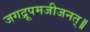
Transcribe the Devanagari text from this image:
जगद्रूपमजीजनत्॥